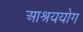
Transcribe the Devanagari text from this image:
आश्रययोग